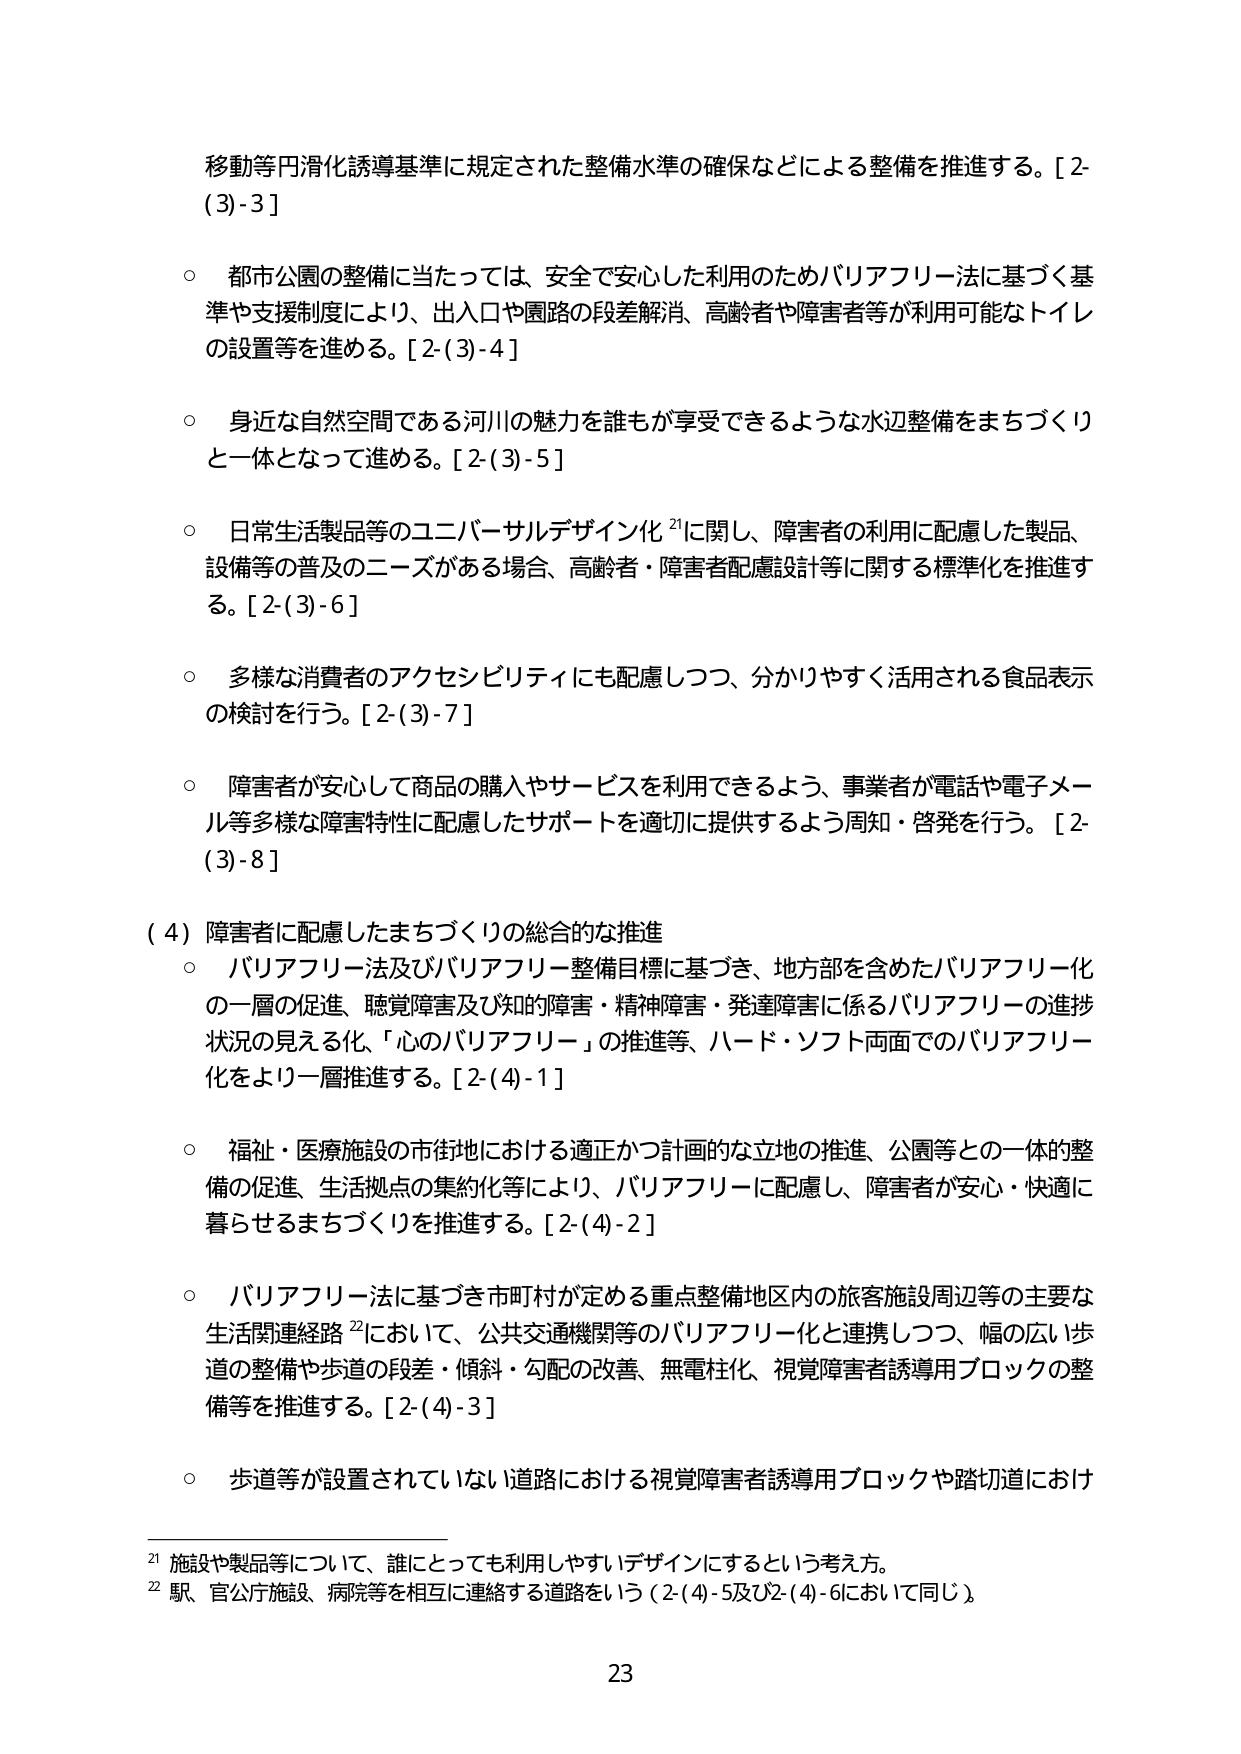
移動等円滑化誘導基準に規定された整備水準の確保などによる整備を推進する。[2-(3)-3]

○ 都市公園の整備に当たっては、安全で安心した利用のためバリアフリー法に基づく基準や支援制度により、出入口や園路の段差解消、高齢者や障害者等が利用可能なトイレの設置等を進める。[2-(3)-4]

○ 身近な自然空間である河川の魅力を誰もが享受できるような水辺整備をまちづくりと一体となって進める。[2-(3)-5]

○ 日常生活製品等のユニバーサルデザイン化²¹に関し、障害者の利用に配慮した製品、設備等の普及のニーズがある場合、高齢者・障害者配慮設計等に関する標準化を推進する。[2-(3)-6]

○ 多様な消費者のアクセシビリティにも配慮しつつ、分かりやすく活用される食品表示の検討を行う。[2-(3)-7]

○ 障害者が安心して商品の購入やサービスを利用できるよう、事業者が電話や電子メール等多様な障害特性に配慮したサポートを適切に提供するよう周知・啓発を行う。[2-(3)-8]

(4) 障害者に配慮したまちづくりの総合的な推進

○ バリアフリー法及びバリアフリー整備目標に基づき、地方部を含めたバリアフリー化の一層の促進、聴覚障害及び知的障害・精神障害・発達障害に係るバリアフリーの進捗状況の見える化、「心のバリアフリー」の推進等、ハード・ソフト両面でのバリアフリー化をより一層推進する。[2-(4)-1]

○ 福祉・医療施設の市街地における適正かつ計画的な立地の推進、公園等との一体的整備の促進、生活拠点の集約化等により、バリアフリーに配慮し、障害者が安心・快適に暮らせるまちづくりを推進する。[2-(4)-2]

○ バリアフリー法に基づき市町村が定める重点整備地区内の旅客施設周辺等の主要な生活関連経路²²において、公共交通機関等のバリアフリー化と連携しつつ、幅の広い歩道の整備や歩道の段差・傾斜・勾配の改善、無電柱化、視覚障害者誘導用ブロックの整備等を推進する。[2-(4)-3]

○ 歩道等が設置されていない道路における視覚障害者誘導用ブロックや踏切道におけ

²¹ 施設や製品等について、誰にとっても利用しやすいデザインにするという考え方。

²² 駅、官公庁施設、病院等を相互に連絡する道路をいう（2-(4)-5及び2-(4)-6において同じ）。

23